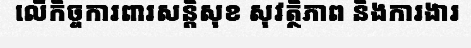
លើកិច្ចការពារសន្តិសុខ សុវត្ថិភាព និងការងារ